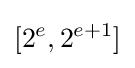
[2^{e},2^{e+1}]